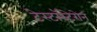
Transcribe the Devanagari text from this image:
टेस्टॉस्टेरोन